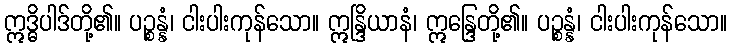
ဣဒ္ဓိပါဒ်တို့၏။ ပဉ္စန္နံ၊ ငါးပါးကုန်သော။ ဣန္ဒြိယာနံ၊ ဣန္ဒြေတို့၏။ ပဉ္စန္နံ၊ ငါးပါးကုန်သော။